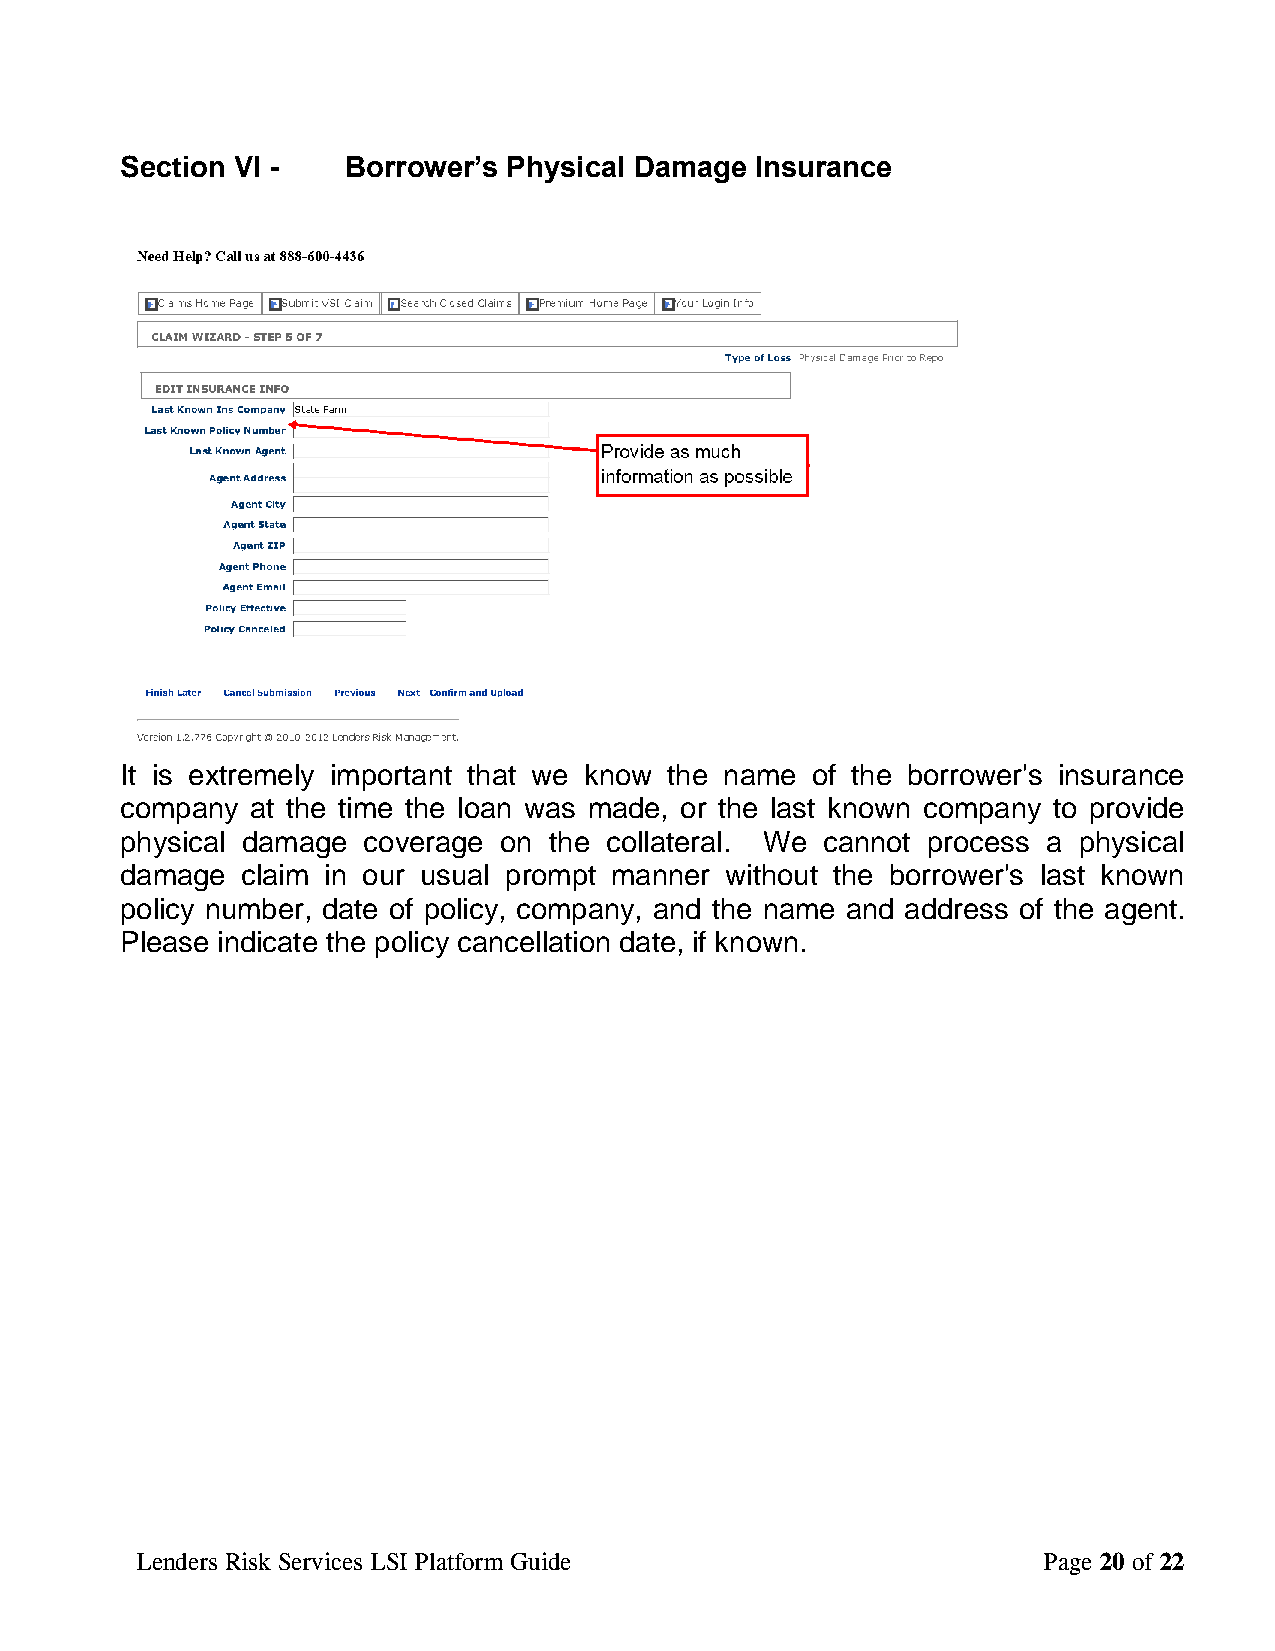
Section VI -   Borrower’s Physical Damage Insurance
 It is extremely important that we know the name of the borrower's insurance
 company  at the time the loan was made, or the last known company to provide
 physical damage coverage on the collateral. We cannot process a physical
 damage  claim in our usual prompt manner without the borrower's last known
 policy number, date of policy, company, and the name and address of the agent.
 Please indicate the policy cancellation date, if known.
 Lenders Risk Services LSI Platform Guide                    Page 20 of 22